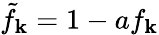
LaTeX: \tilde{f}_{\mathbf{k}}=1-af_{\mathbf{k}}